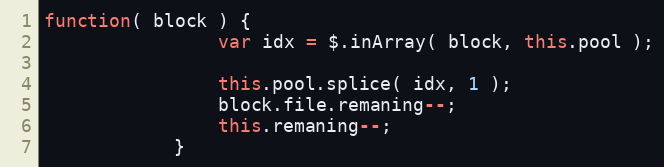
Language: JavaScript
function( block ) {
                var idx = $.inArray( block, this.pool );

                this.pool.splice( idx, 1 );
                block.file.remaning--;
                this.remaning--;
            }